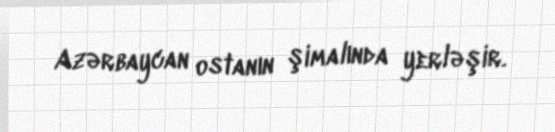
Azərbaycan ostanın şimalında yerləşir.